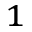
^ 1